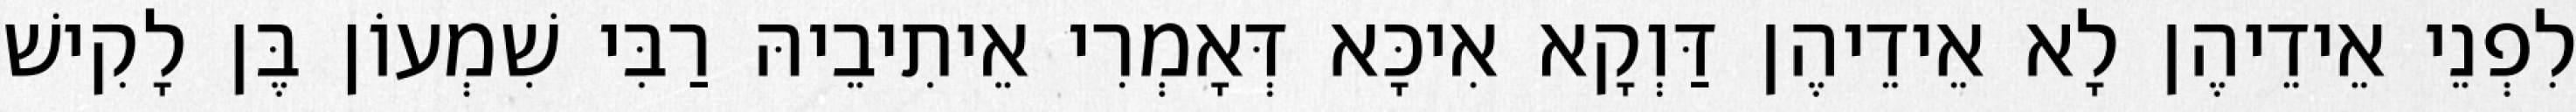
לִפְנֵי אֵידֵיהֶן לָא אֵידֵיהֶן דַּוְקָא אִיכָּא דְּאָמְרִי אֵיתִיבֵיהּ רַבִּי שִׁמְעוֹן בֶּן לָקִישׁ